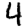
Digit: 4